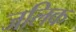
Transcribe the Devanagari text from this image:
जलिक